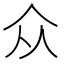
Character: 众